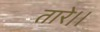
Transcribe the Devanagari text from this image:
तारे।।